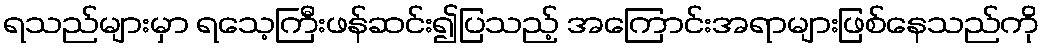
ရသည်များမှာ ရသေ့ကြီးဖန်ဆင်း၍ပြသည့် အကြောင်းအရာများဖြစ်နေသည်ကို